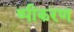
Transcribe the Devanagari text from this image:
ष्पीकरण